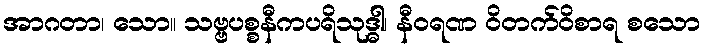
အာဂတာ၊ သော။ သဗ္ဗပစ္စနီကပရိသုဒ္ဓါ၊ နီဝရဏ ဝိတက်ဝိစာရ စသော